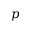
p